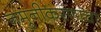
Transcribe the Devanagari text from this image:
नमुनीकरणाचा